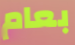
بعام